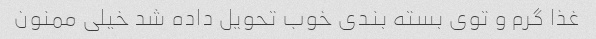
غذا گرم و توی بسته بندی خوب تحویل داده شد خیلی ممنون